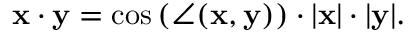
\mathbf { x } \cdot \mathbf { y } = \cos \left( \angle ( \mathbf { x } , \mathbf { y } ) \right) \cdot | \mathbf { x } | \cdot | \mathbf { y } | .